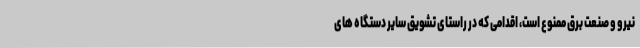
نیرو و صنعت برق ممنوع است، اقدامی که در راستای تشویق سایر دستگاه های